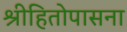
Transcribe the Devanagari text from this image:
श्रीहितोपासना